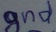
Text: gnd